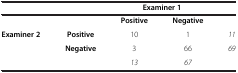
|  |  | <COLSPAN=2> Examiner 1 |  |
 | --- | --- | --- | --- | --- |
 |  |  | Positive | Negative |  |
 | <ROWSPAN=2> Examiner 2 | Positive | 10 | 1 | 11 |
 | Negative | 3 | 66 | 69 |
 |  |  | 13 | 67 |  |